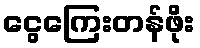
ငွေကြေးတန်ဖိုး